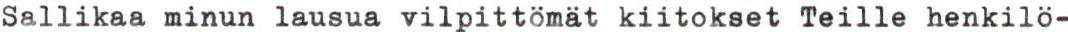
Sallikaa minun lausua vilpittömät kiitokset Teille henkilö-